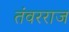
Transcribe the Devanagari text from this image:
तंवरराज